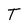
Character: T